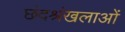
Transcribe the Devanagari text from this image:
छंदश्रंखलाओं